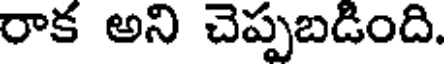
రాక అని చెప్పబడింది.